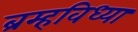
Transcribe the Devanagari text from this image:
ब्रम्हविध्या